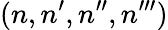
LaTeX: (n,n^{\prime},n^{\prime\prime},n^{\prime\prime\prime})